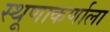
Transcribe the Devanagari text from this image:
स्थूणाकर्णाला